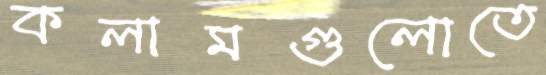
কলামগুলোতে